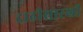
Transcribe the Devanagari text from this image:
दाढीसारखी